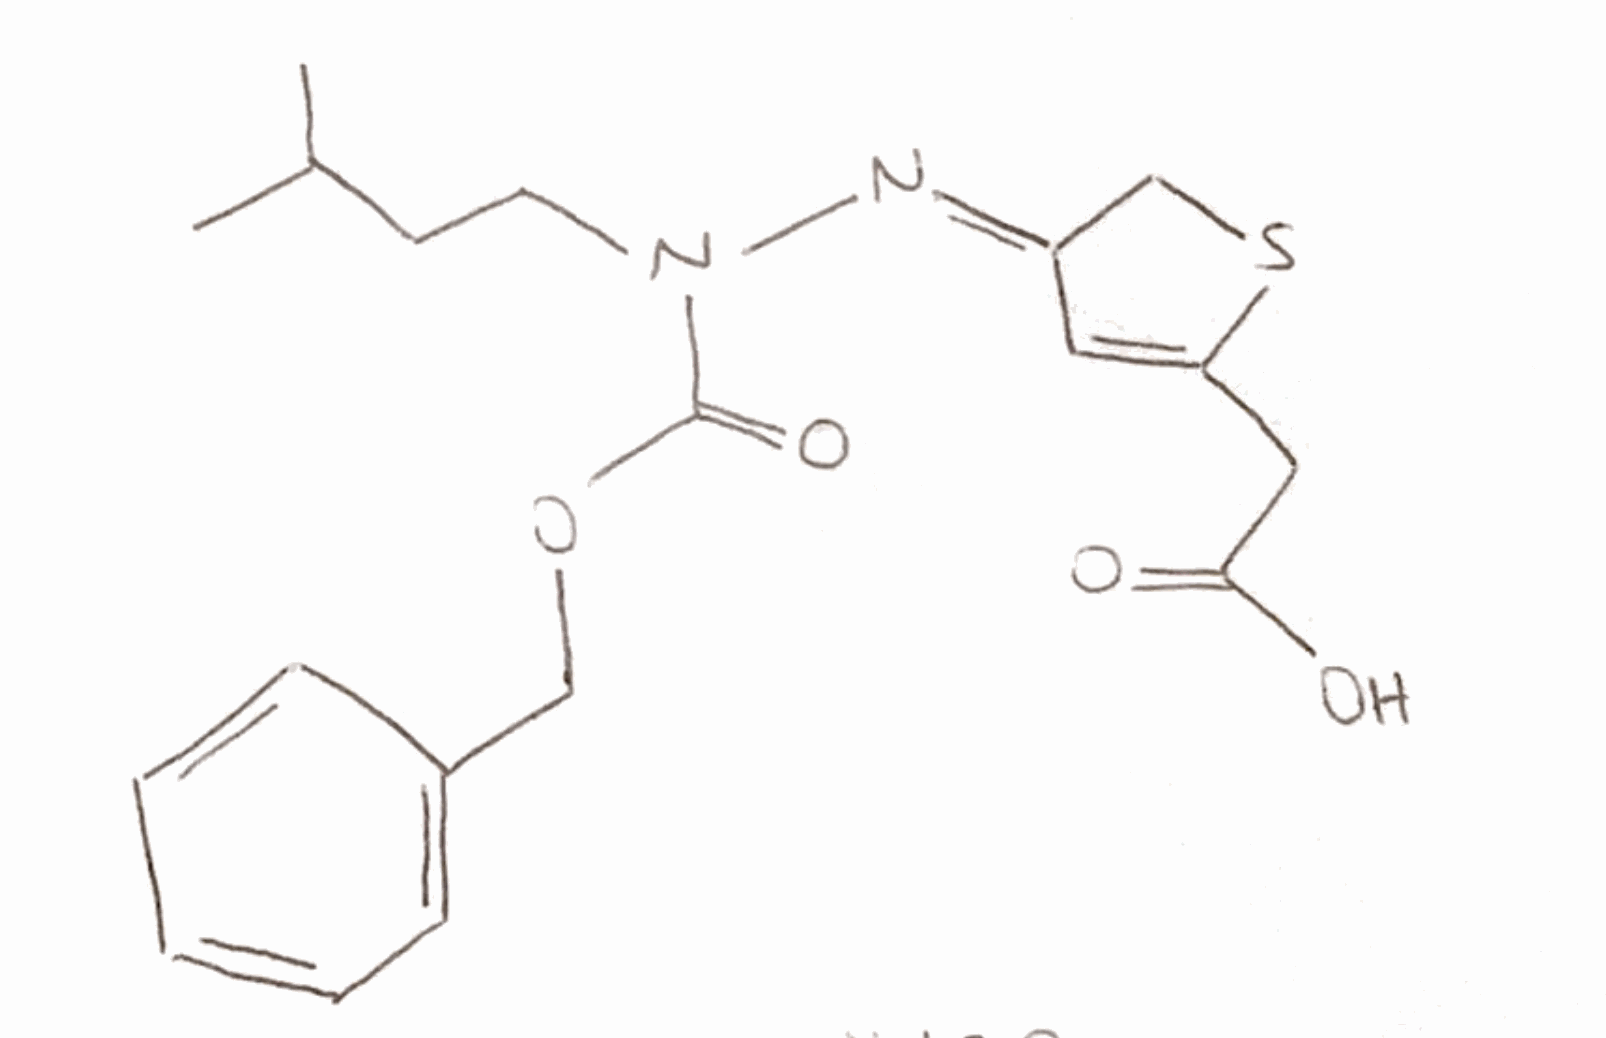
Simplified molecular-input line-entry system (SMILES) notation of the given molecule:
CC(C)CCN(C(=O)OCC1=CC=CC=C1)/N=C\2/CSC(=C2)CC(=O)O